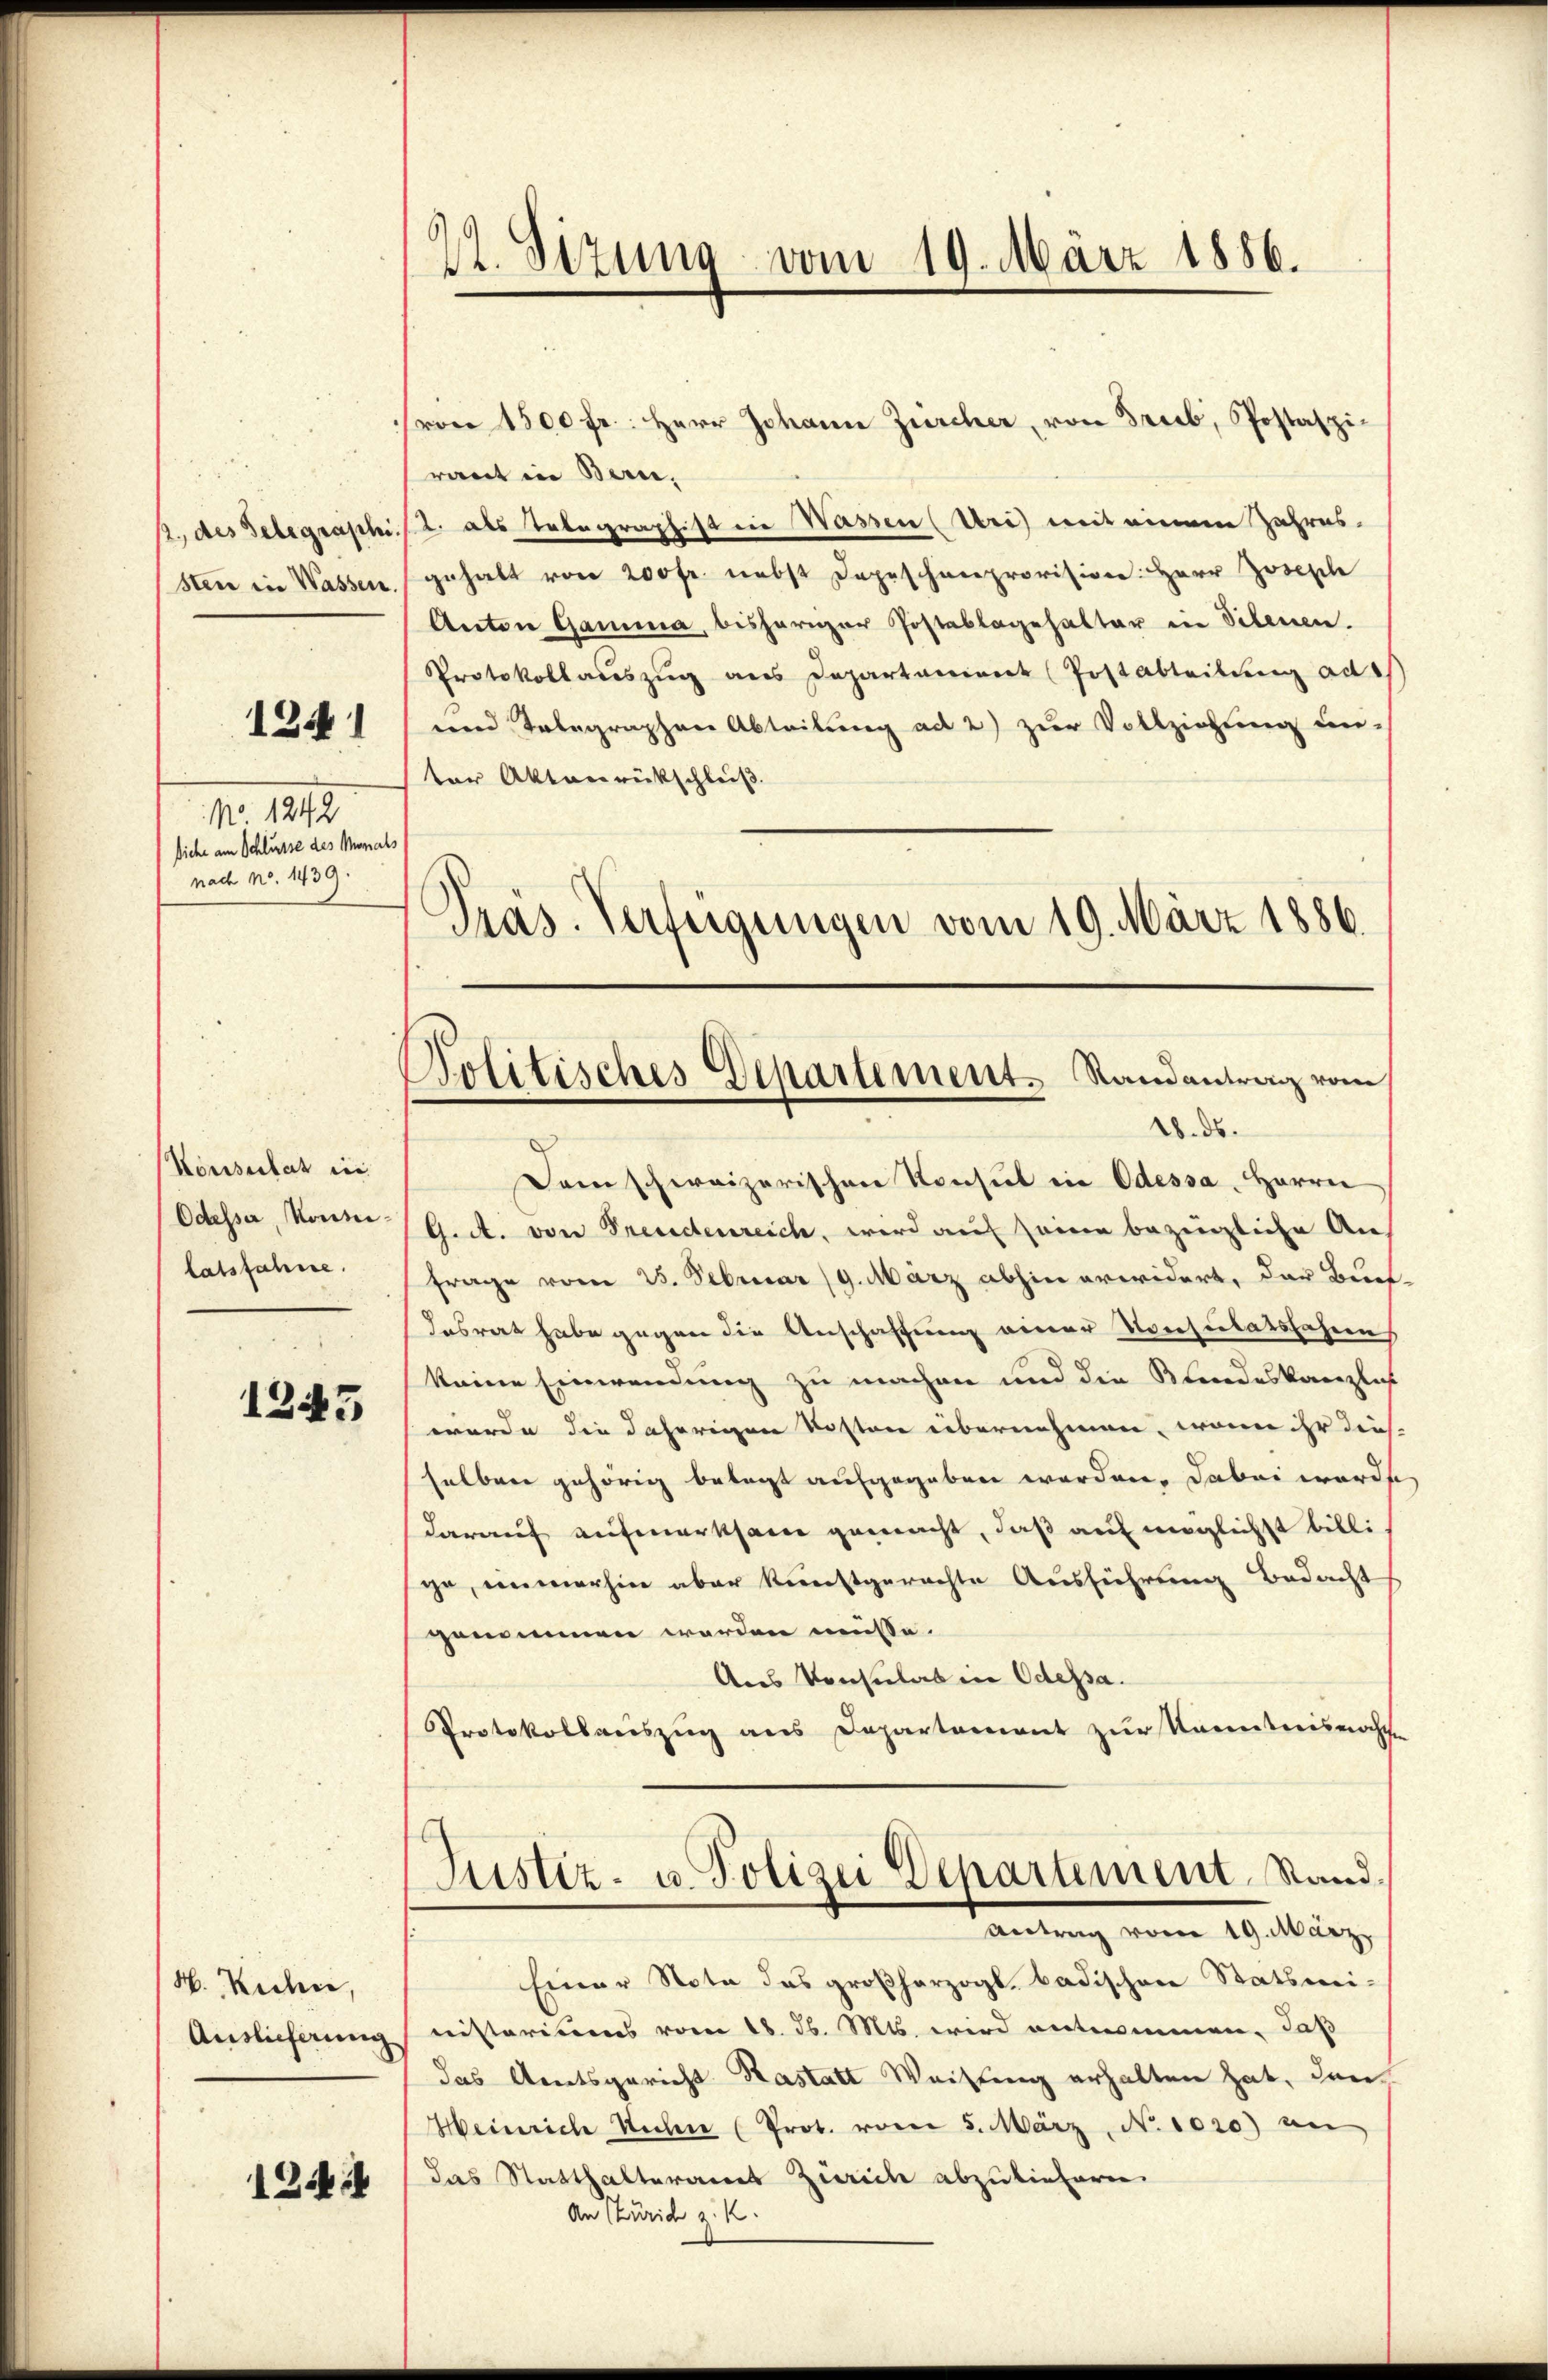
M. 1818.
Siche am Schlusse des Minals
nad No. 1439.

Konsulat in
Odesser, Kommi¬

1245

W. Reden,

22. Sizung vom 19. März 1886.

von 1500 fr.: Herr Johann Zürcher, von Trieb, Postaszi-
raut in Bern,
2., des Gelegraphis 2. als Telegraphist die Wassen (Uri) mit einem Jahres-
Sten in Wassen gehalt von 200 fr. nebst Depeschenprovision: Herr Joseph
Anton Gamma, bisheriger Postablagehalter in Scheuen.
Protokollaŭszŭg ans Departament (Postabteilung ad
131 und Telegraphen Abteilung ad 2) zur Vollziehung un-
ter Aktenrückschleiß
Präs. Verfügungen vom 19. März 1886.
18. ds.
Dam schweizerischen Konsul in Odessa, Herrn
G. A. von Freudenreich, wird auf seine bezingliche An-
latsfahne Frage vom 25. Februar 19. März abhin erwidert, das Brech
desrat habe gegen die Anschaffung einer Konsulatsfahren
keine Einwendung zu machen und die Blindeskanzlich
wurde die daherigen Resten übernehmen, wenn ihr diesselben gehörig belegt aufgegeben worden, dabei werde
darauf aufmerksam gemacht, daß auf möglichst billige, immerhin aber kunstgerechte Ausführung bedacht
genommen werden müsse.
Aus Konsulat in Odessa.
Protokollauszug aus Departement zur Kenntnisnachten
Justiz- u. Polizei Departement, Stand.
Antrag vom 19. März,
Einer Nota das großherzogl. Badischen Statsmi¬
Auslieferung nisteriums vom 18. d. Mts. wird entnommen, daß
das Amtsgericht Kastatt Weisung erhalten hat, dan¬
Heinriche Rechen (Prot. vom 5. März, No. 1020) an
1258 das Statthalteramt Zürich abzuliefern.
An Stürid z. K.

Politisches Departement. Randantrag vom